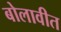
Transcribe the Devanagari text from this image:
बोलावीत